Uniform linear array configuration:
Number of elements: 48
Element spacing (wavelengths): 0.75
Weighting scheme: hamming
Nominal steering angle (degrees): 0
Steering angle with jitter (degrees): -0.3605
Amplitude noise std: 0.05
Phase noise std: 0.05

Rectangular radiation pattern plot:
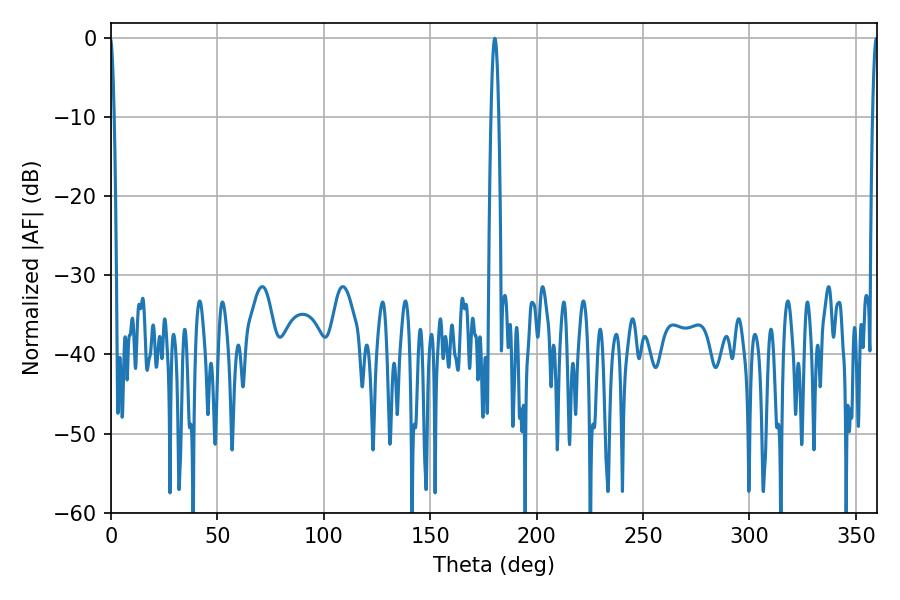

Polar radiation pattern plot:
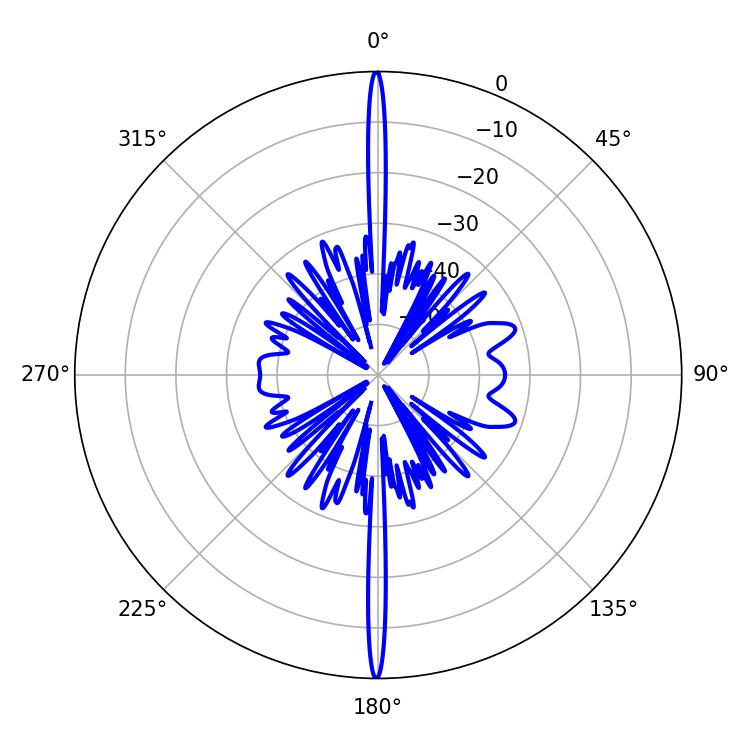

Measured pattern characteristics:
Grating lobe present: TRUE
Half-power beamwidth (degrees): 1.8
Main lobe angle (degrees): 180.36